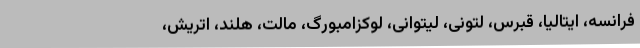
فرانسه، ایتالیا، قبرس، لتونی، لیتوانی، لوکزامبورگ، مالت، هلند، اتریش،